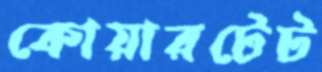
কোয়ারটেট